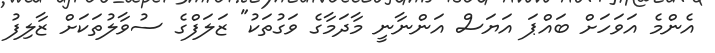
އެންމެ އަވަހަށް ބައްޕަ އަޔަސް އަންނާނީ މާދަމާގެ ވަގުތަކު" ޒަލަފްގެ ސުވާލުތަކަށް ޒާލިފު